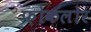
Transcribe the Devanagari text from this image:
फ़ोकलोर